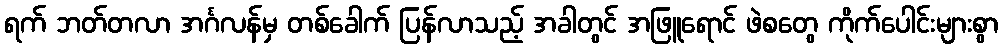
ရက် ဘတ်တလာ အင်္ဂလန်မှ တစ်ခေါက် ပြန်လာသည့် အခါတွင် အဖြူရောင် ဖဲစတွေ ကိုက်ပေါင်းများစွာ